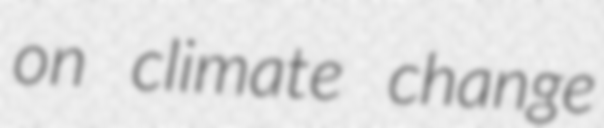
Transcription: on climate change